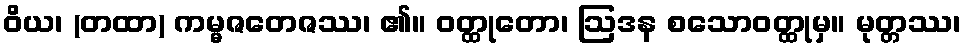
ဝိယ၊ (တထာ) ကမ္မဇတေဇဿ၊ ၏။ ဝတ္ထုတော၊ ဩဒန စသောဝတ္ထုမှ။ မုတ္တဿ၊